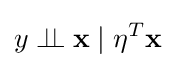
y\perp \!\!\!\perp {\textbf {x}}\mid \eta ^{T}{\textbf {x}}